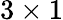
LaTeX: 3\times 1